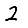
Digit: 2